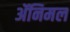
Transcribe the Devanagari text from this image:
ॲनिमल